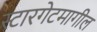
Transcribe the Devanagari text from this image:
स्टारगेटमागील